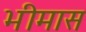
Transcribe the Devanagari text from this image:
भीमास